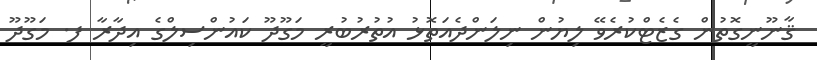
ޤާނޫނީގޮތުން ގެޒެޓްކުރެވޭ ލިޔުން ނިލަންދެއަތޮޅު އުތުރުބުރީ މަގޫދޫ ކައުންސިލްގެ އިދާރާ ފ. މަގޫދޫ